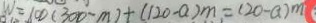
W = 1 0 0 ( 3 0 0 - m ) + ( 1 2 0 - a ) m = ( 2 0 - a ) m